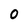
Character: 0